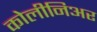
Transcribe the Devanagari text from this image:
कोलीनिअर